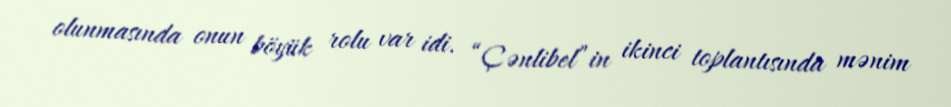
olunmasında onun böyük rolu var idi. “Çənlibel”in ikinci toplantısında mənim